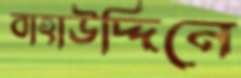
বাহাউদ্দিনে